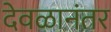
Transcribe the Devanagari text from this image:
देवळानंतर